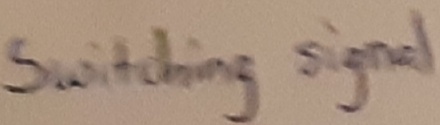
Text: Switching signal